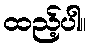
ထည့်ပါ။